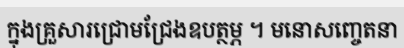
ក្នុងគ្រួសារជ្រោមជ្រែងឧបត្ថម្ភ ។ មនោសញ្ចេតនា